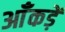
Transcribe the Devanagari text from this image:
आँकड़ें